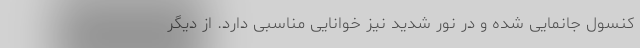
کنسول جانمایی شده و در نور شدید نیز خوانایی مناسبی دارد. از دیگر